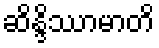
ဆိန္ဒိဿာမာတိ